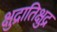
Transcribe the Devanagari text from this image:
क्षुद्रातिक्षुद्र